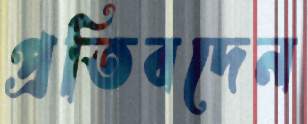
প্রতিবদেন